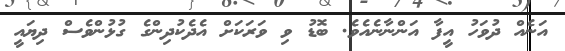
އަނެއް ދުވަހު އީފާ އަންނާނެއެވެ. ބޮޑު ވި ވަރަކަށް އެދެކުދިންގެ ގުޅުންވެސް ދިޔައީ